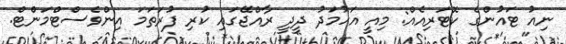
ނިއު ޓައުންގެ ކޮޓަރިއެއް: މިއީ އަހުމަދު ދީދީ ރާއްޖޭގައި ކުރި ފުރަތަމަ އިންވެސްޓްމަންޓް.